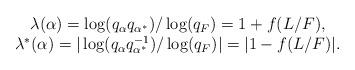
LaTeX: \begin{align*} \begin{matrix}\lambda(\alpha)=\log(q_{\alpha}q_{\alpha^*})/\log(q_F)=1+f(L/F),\\ \lambda^*(\alpha)=|\log(q_{\alpha}q_{\alpha^*}^{-1})/\log(q_F)|=|1-f(L/F)|.\end{matrix}\end{align*}